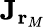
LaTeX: \mathbf{J}_{\mathbf{r}_{M}}